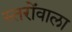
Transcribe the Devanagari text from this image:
स्तरोंवाला